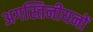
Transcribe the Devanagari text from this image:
अगस्तिनीयनों